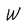
Character: W